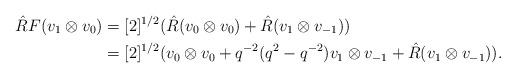
LaTeX: \begin{align*}\hat{R}F(v_{1}\otimes v_{0}) & =[2]^{1/2}(\hat{R}(v_{0}\otimes v_{0})+\hat{R}(v_{1}\otimes v_{-1}))\\ & =[2]^{1/2}(v_{0}\otimes v_{0}+q^{-2}(q^{2}-q^{-2})v_{1}\otimes v_{-1}+\hat{R}(v_{1}\otimes v_{-1})).\end{align*}